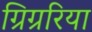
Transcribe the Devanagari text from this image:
ग्रिग्ररिया